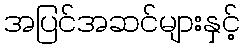
အပြင်အဆင်များနှင့်